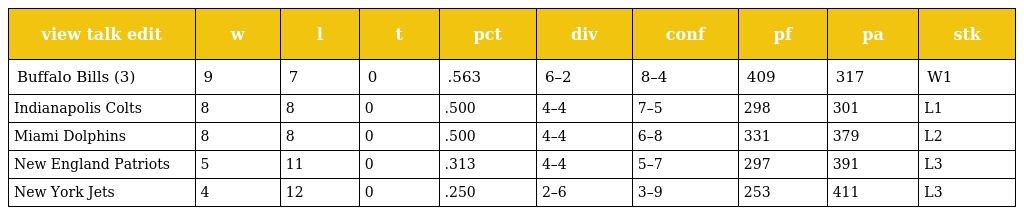
| view talk edit | w | l | t | pct | div | conf | pf | pa | stk |
 | --- | --- | --- | --- | --- | --- | --- | --- | --- | --- |
 | Buffalo Bills (3) | 9 | 7 | 0 | .563 | 6–2 | 8–4 | 409 | 317 | W1 |
 | Indianapolis Colts | 8 | 8 | 0 | .500 | 4–4 | 7–5 | 298 | 301 | L1 |
 | Miami Dolphins | 8 | 8 | 0 | .500 | 4–4 | 6–8 | 331 | 379 | L2 |
 | New England Patriots | 5 | 11 | 0 | .313 | 4–4 | 5–7 | 297 | 391 | L3 |
 | New York Jets | 4 | 12 | 0 | .250 | 2–6 | 3–9 | 253 | 411 | L3 |